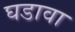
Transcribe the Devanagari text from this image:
घडावा